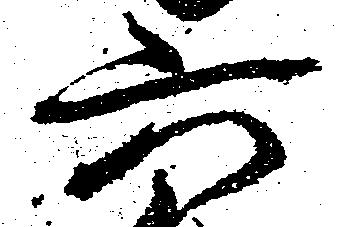
六